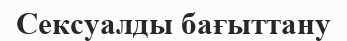
Сексуалды бағыттану